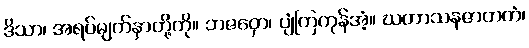
ဒိသာ၊ အရပ်မျက်နှာတို့ကို။ ဘဇဝှော၊ ပျံကြကုန်အံ့။ ဃတာသနဇာတကံ၊